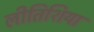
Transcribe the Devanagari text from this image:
लीतिशिया